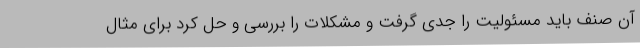
آن صنف باید مسئولیت را جدی گرفت و مشکلات را بررسی و حل کرد برای مثال